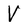
Character: V